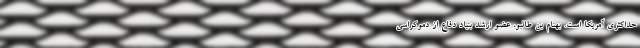
حداکثری آمریکا است‌. بهنام بن طالبو، عضو ارشد بنیاد دفاع از دموکراسی